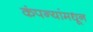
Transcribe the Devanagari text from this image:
कंपन्यांमधून